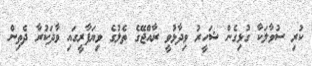
ކުރި ސުވާލަކާ ގުޅިގެން ޝަހީރު ވިދާޅުވީ ރާއްޖޭގެ ތެލުގެ ވިޔަފާރީގައި ވާދަކުރާ ދެތިން